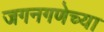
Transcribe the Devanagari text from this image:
जगनगणेच्या